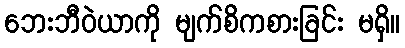
ဘေးဘီဝဲယာကို မျက်စိကစားခြင်း မရှိ။